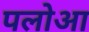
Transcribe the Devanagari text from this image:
पलोआ